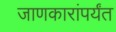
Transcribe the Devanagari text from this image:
जाणकारांपर्यंत